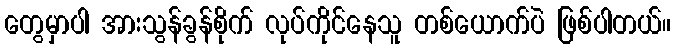
တွေမှာပါ အားသွန်ခွန်စိုက် လုပ်ကိုင်နေသူ တစ်ယောက်ပဲ ဖြစ်ပါတယ်။